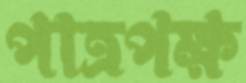
পাত্রপক্ষ